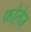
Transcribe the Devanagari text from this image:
फोलेज